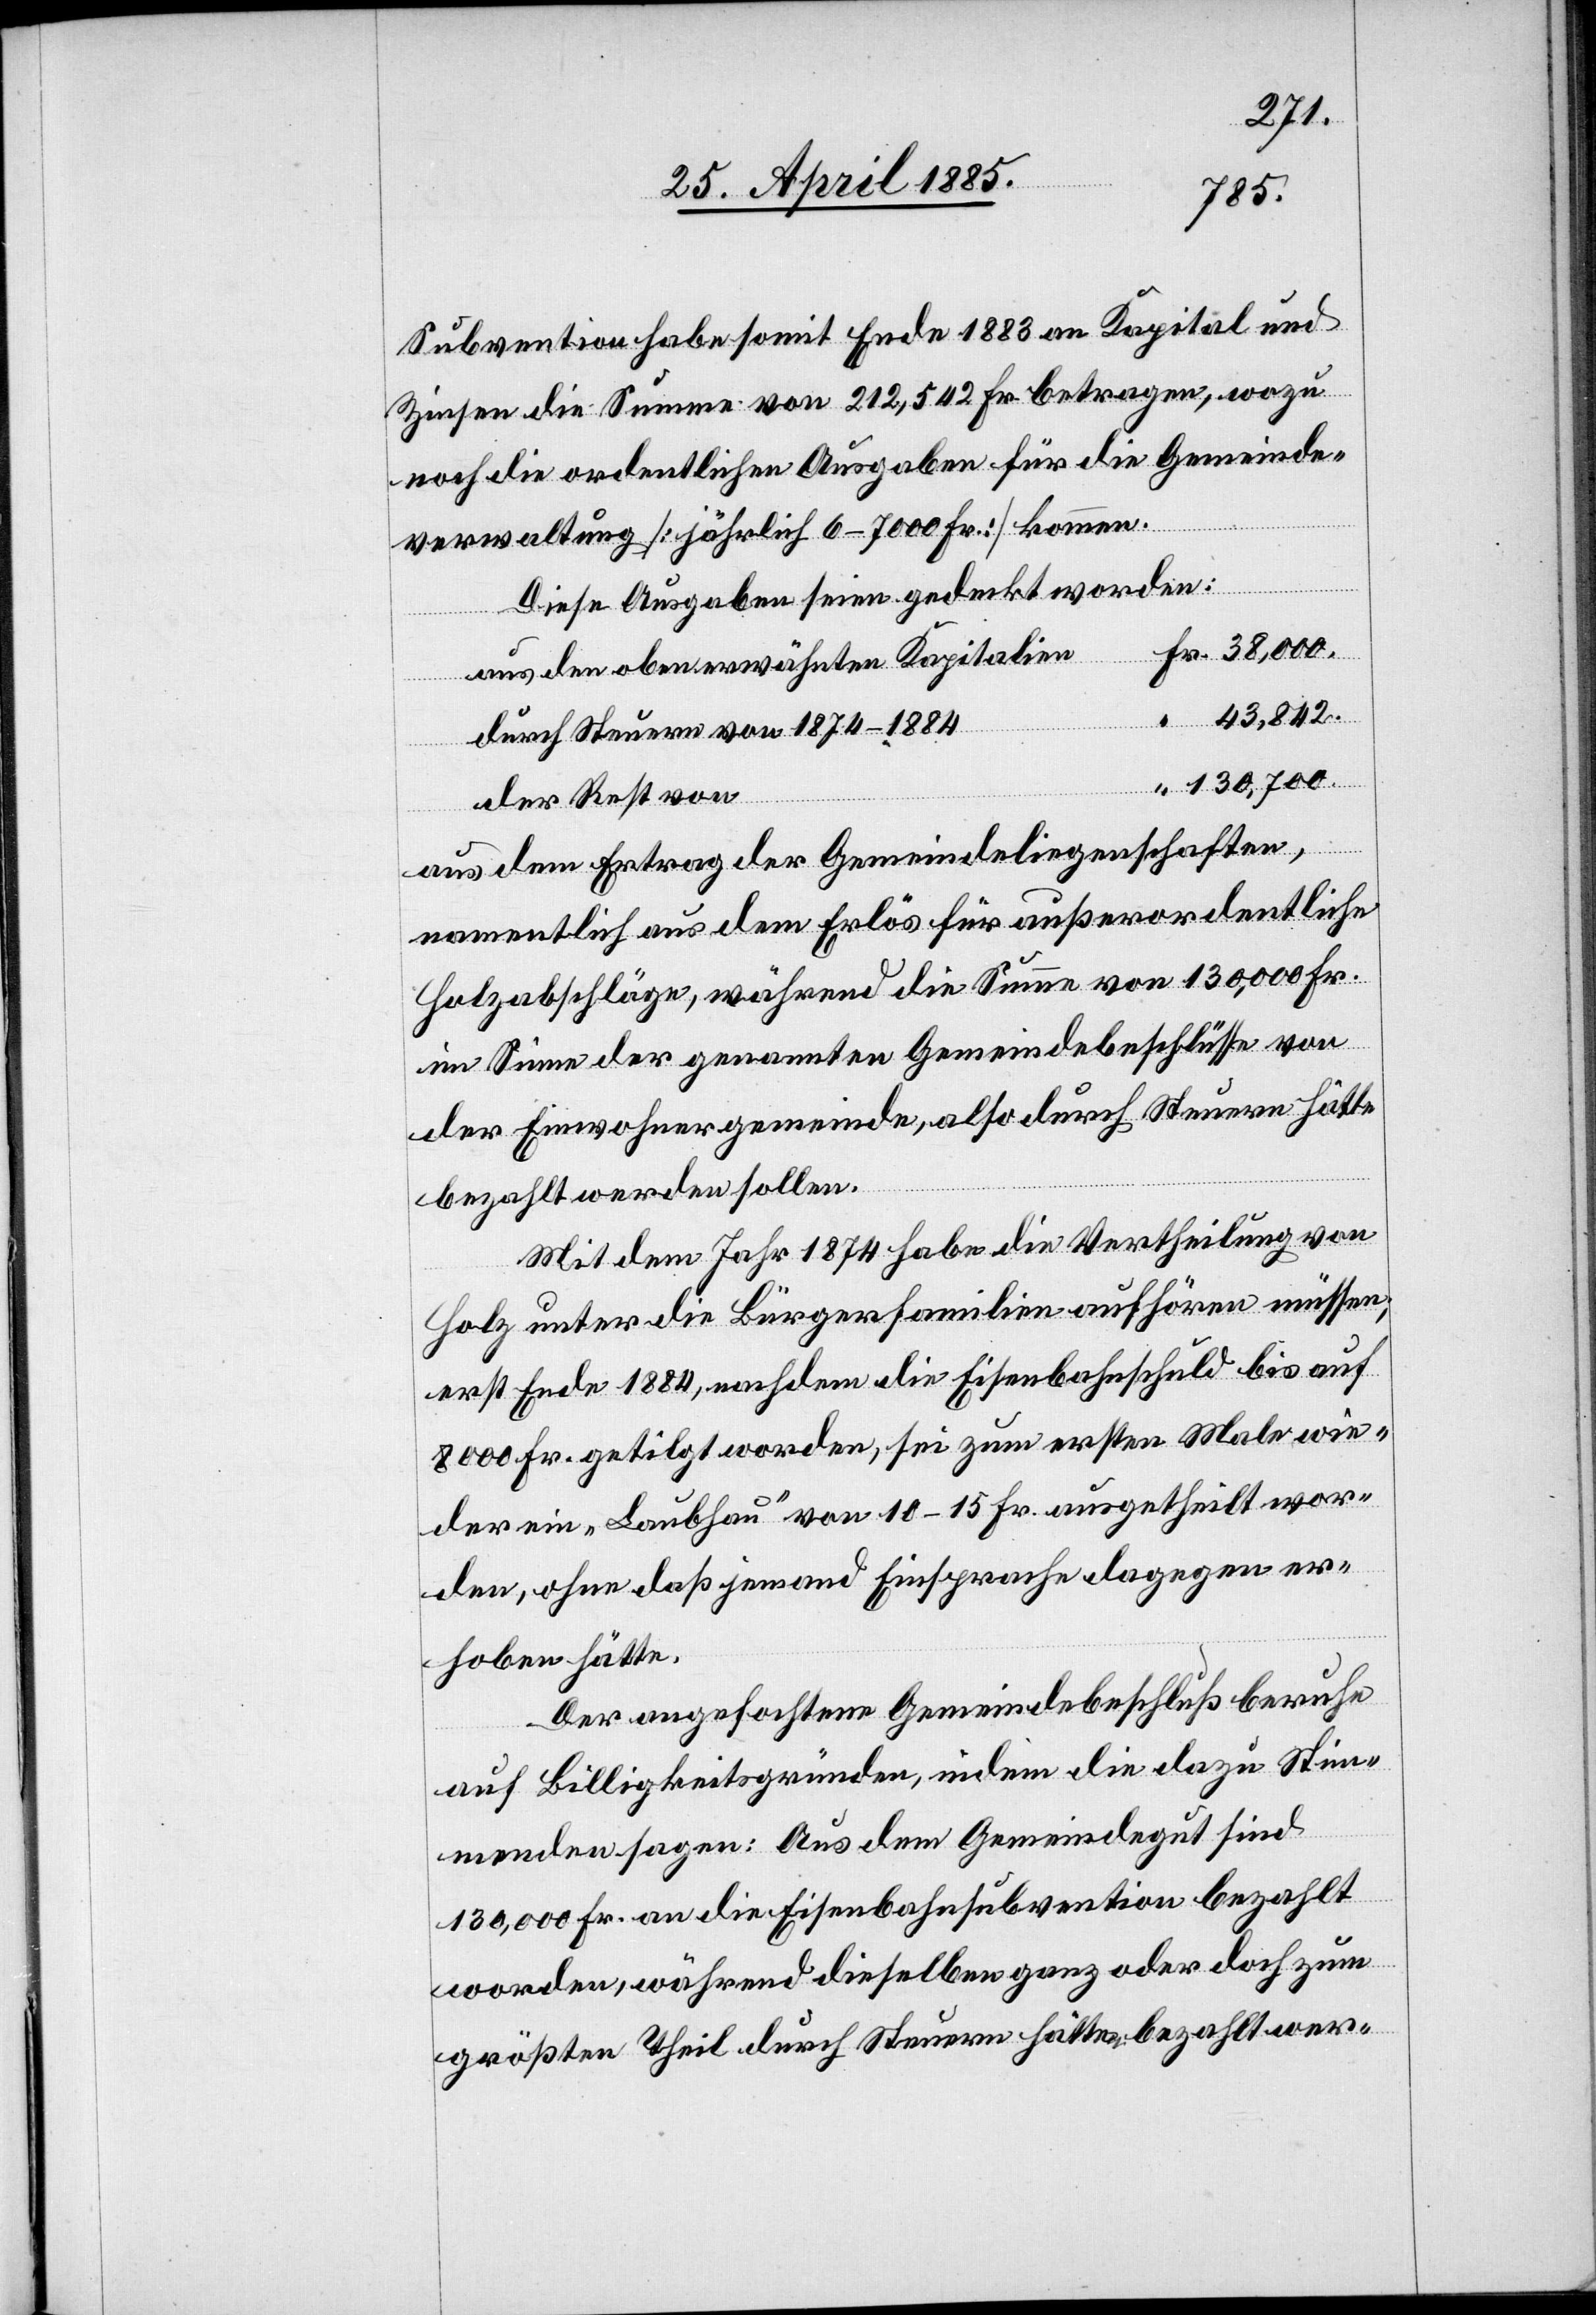
Fr.
Subvention habe somit Ende 1883 an Kapital und
Zinsen die Summe von 212542 Fr. betragen, wozu
noch die ordentlichen Ausgaben für die Gemeinde¬
verwaltung [jährlich 6–7000 Fr.] komme.
Diese Ausgaben seien gedeckt worden:
aus den oben erwähnten Kapitalien
43,842.
durch Steuern von 1874–1884
der Rest von
aus dem Ertrag der Gemeindeliegenschaften,
namentlich aus dem Erlös für außerordentliche
Holzabschläge, während die Summe von 130,000 Fr.
im Sinne der genannten Gemeindebeschlüsse von
der Einwohnergemeinde, also durch Steuern hätte
bezahlt werden sollen.
Mit dem Jahr 1874 habe die Vertheilung von
Holz unter die Bürgerfamilien aufhören müssen;
erst Ende 1884, nachdem die Eisenbahnschuld bis auf
8000 Fr. getilgt worden, sei zum ersten Male wie¬
der ein „Laubhau“ von 10–15 Fr. ausgetheilt wor¬
den, ohne daß jemand Einsprache dagegen er¬
hoben hätte.
Der angefochtene Gemeindebeschluß beruhe
auf Billigkeitsgründen, indem die dazu Stim¬
menden sagen: Aus dem Gemeindegut sind
130,000 Fr. an die Eisenbahnsubvention bezahlt
worden, während dieselben ganz oder doch zum
größten Theil durch Steuern hätten bezahlt wer-